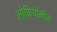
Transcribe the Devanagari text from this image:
लोफियोमीस